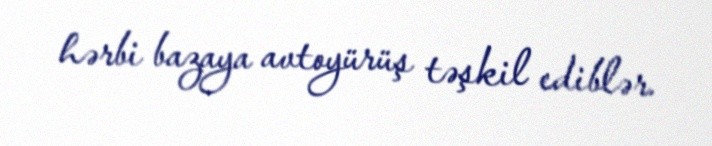
hərbi bazaya avtoyürüş təşkil ediblər.